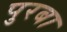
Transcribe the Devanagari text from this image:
पुरबा